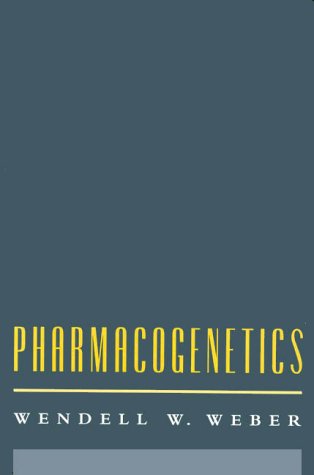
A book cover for Pharmacogenetics; Wendell W. Weber; Medical Books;